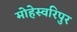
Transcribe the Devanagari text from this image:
मोहेस्वरिपुर